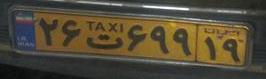
۲۶ت۶۹۹۱۹